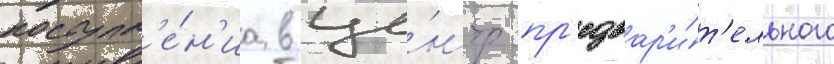
поступл'е́н'иа в це́нтр пр'едвар'и́т'ельного